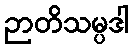
ဉာတိသမ္ပဒါ